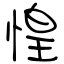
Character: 惶